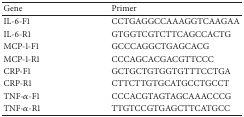
<table><thead><tr><td><b>Gene</b></td><td><b>Primer</b></td></tr></thead><tbody><tr><td>IL-6-F1</td><td>CCTGAGGCCAAAGGTCAAGAA</td></tr><tr><td>IL-6-R1</td><td>GTGGTCGTCTTCAGCCACTG</td></tr><tr><td>MCP-1-F1</td><td>GCCCAGGCTGAGCACG</td></tr><tr><td>MCP-1-R1</td><td>CCCAGCACGACGTTCCC</td></tr><tr><td>CRP-F1</td><td>GCTGCTGTGGTGTTTCCTGA</td></tr><tr><td>CRP-R1</td><td>CTTCTTGTGCATGCCTGCCT</td></tr><tr><td>TNF-<i>α</i>-F1</td><td>CCCACGTAGTAGCAAACCCG</td></tr><tr><td>TNF-<i>α</i>-R1</td><td>TTGTCCGTGAGCTTCATGCC</td></tr></tbody></table>